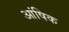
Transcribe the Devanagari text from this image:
आंषिक